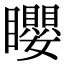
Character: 𥌽